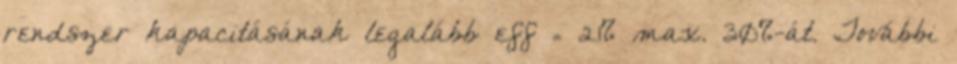
rendszer kapacitásának legalább eff = 21% max. 30%-át. További